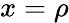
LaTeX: x=\rho